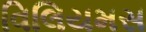
વિલિયમસ